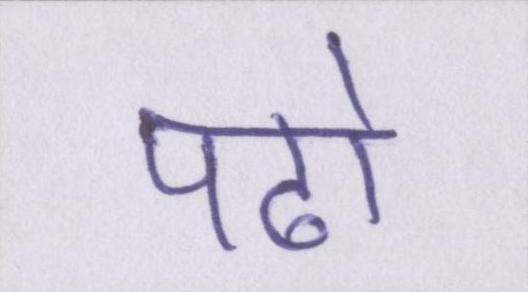
पढो